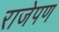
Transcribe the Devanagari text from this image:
राजेपण